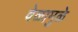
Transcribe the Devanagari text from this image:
वेळामुळे